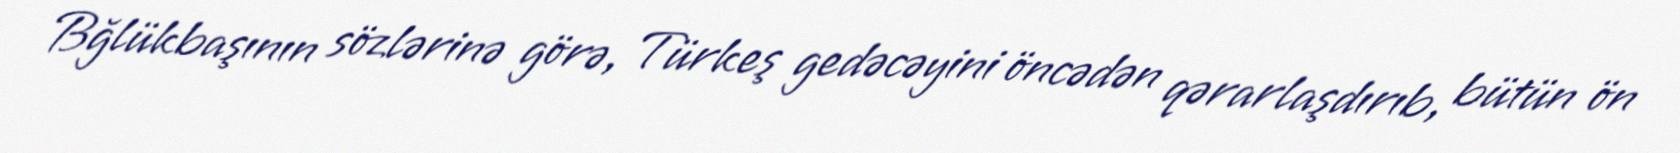
Bğlükbaşının sözlərinə görə, Türkeş gedəcəyini öncədən qərarlaşdırıb, bütün ön